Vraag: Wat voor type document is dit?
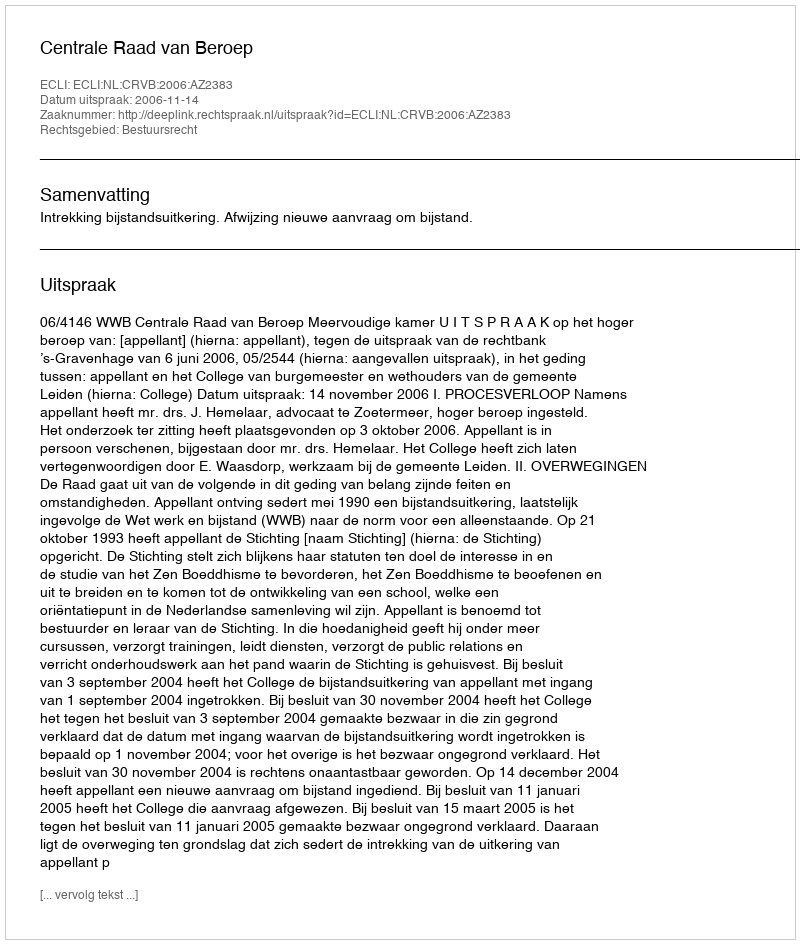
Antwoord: Uitspraak